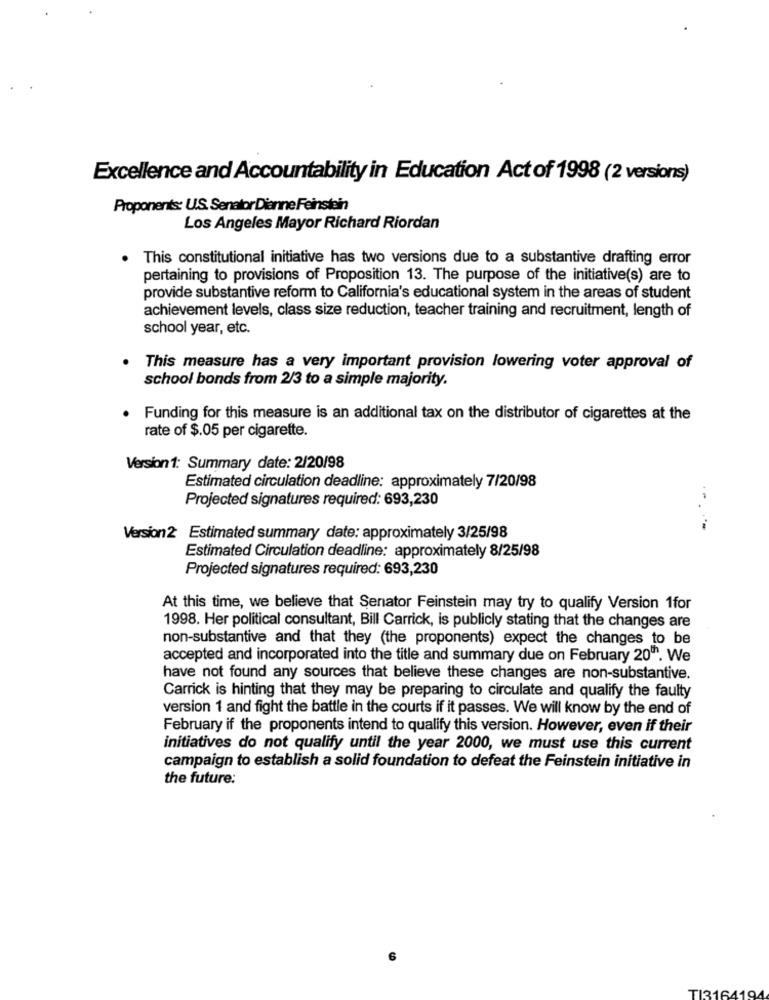
Excellence and Accountability in Education Act of 1998 (2 versions)
Proponents: U.S. Senator Dianne Feinstein
Los Angeles Mayor Richard Riordan
This constitutional initiative has two versions due to a substantive drafting error
pertaining to provisions of Proposition 13. The purpose of the initiative(s) are to
provide substantive reform to California's educational system in the areas of student
achievement levels, class size reduction, teacher training and recruitment, length of
school year, etc.
. This measure has a very important provision lowering voter approval of
school bonds from 2/3 to a simple majority.
Funding for this measure is an additional tax on the distributor of cigarettes at the
rate of $.05 per cigarette.
Version1: Summary date: 2/20/98
Estimated circulation deadline: approximately 7/20/98
Projected signatures required: 693,230
Version2 Estimated summary date: approximately 3/25/98
Estimated Circulation deadline: approximately 8/25/98
Projected signatures required: 693,230
At this time, we believe that Senator Feinstein may try to qualify Version 1for
1998. Her political consultant, Bill Carrick, is publicly stating that the changes are
non-substantive and that they (the proponents) expect the changes to be
accepted and incorporated into the title and summary due on February 20". We
have not found any sources that believe these changes are non-substantive.
Carrick is hinting that they may be preparing to circulate and qualify the faulty
version 1 and fight the battle in the courts if it passes. We will know by the end of
February if the proponents intend to qualify this version. However, even if their
initiatives do not qualify until the year 2000, we must use this current
campaign to establish a solid foundation to defeat the Feinstein initiative in
the future:
TI3164194